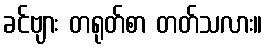
ခင်ဗျား တရုတ်စာ တတ်သလား။